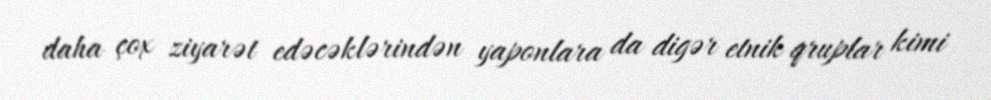
daha çox ziyarət edəcəklərindən yaponlara da digər etnik qruplar kimi